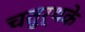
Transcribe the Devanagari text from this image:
चतुर्थके